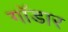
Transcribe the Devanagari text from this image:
गॉडार